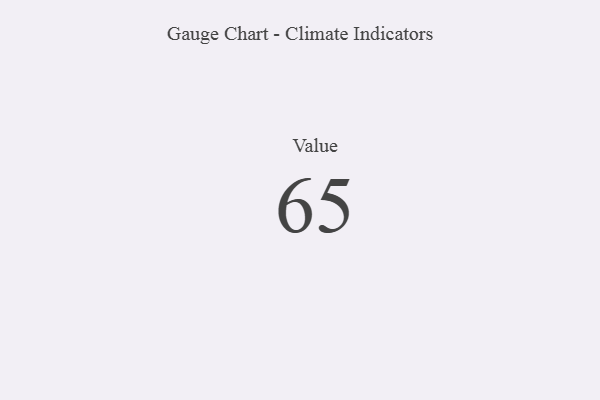
{"axis": {"x": "Metric", "y": "Value"}, "legend": [""], "data": [{"x": "Value", "y": 65, "type": ""}]}